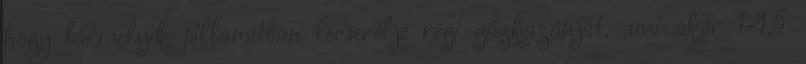
hogy bármelyik pillanatban lecserélje régi gázkazánját, ami akár 1-1,5